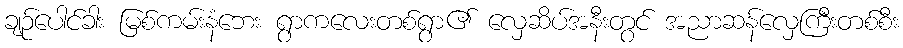
ချဉ်ပေါင်ခါး မြစ်ကမ်းနံဘေး ရွာကလေးတစ်ရွာ၏ လှေဆိပ်အနီးတွင် အညာဆန်လှေကြီးတစ်စီး